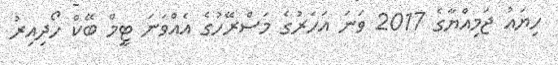
ހިޔައު ޖަމިއްޔާގެ 2017 ވަނަ އަހަރުގެ މަސްރޭހުގެ އެއްވަނަ ޓީމް ބޭކް ހޯދިއިރު